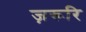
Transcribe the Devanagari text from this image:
ज़रूरि